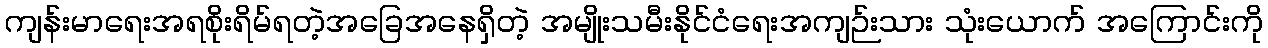
ကျန်းမာရေးအရစိုးရိမ်ရတဲ့အခြေအနေရှိတဲ့ အမျိုးသမီးနိုင်ငံရေးအကျဉ်းသား သုံးယောက် အကြောင်းကို